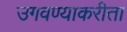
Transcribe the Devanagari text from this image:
उगवण्याकरीता